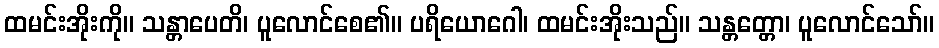
ထမင်းအိုးကို။ သန္တာပေတိ၊ ပူလောင်စေ၏။ ပရိယောဂေါ၊ ထမင်းအိုးသည်။ သန္တတ္တော၊ ပူလောင်သော်။